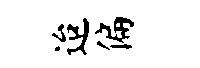
迨偏